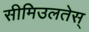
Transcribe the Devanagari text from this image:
सीमिउलतेस्